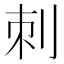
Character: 刺